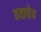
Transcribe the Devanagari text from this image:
वयाचेष